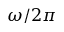
\omega / 2 \pi